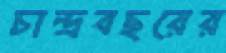
চান্দ্রবছরের